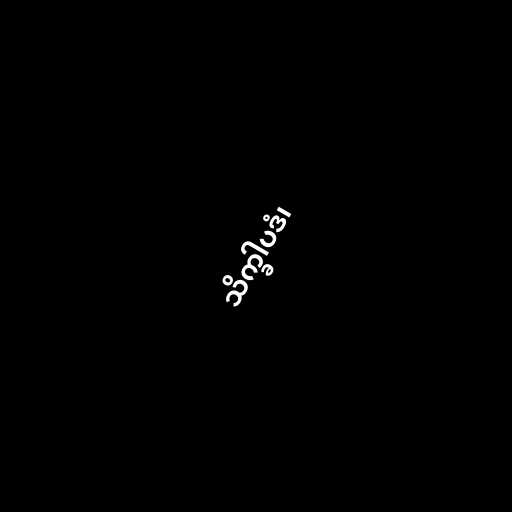
သိက္ခါပဒံ၊